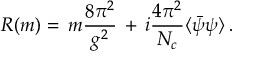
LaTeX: R ( m ) = \, m \frac { 8 \pi ^ { 2 } } { g ^ { 2 } } \, + \, i \frac { 4 \pi ^ { 2 } } { N _ { c } } \langle \bar { \psi } \psi \rangle \, .